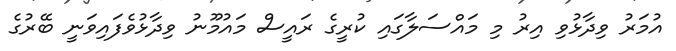
އުމަރު ވިދާޅުވި އިރު މި މައްސަލާގައި ކުރީގެ ރައީސް މައުމޫނު ވިދާޅުވެފައިވަނީ ބޭރުގެ